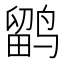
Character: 鹠